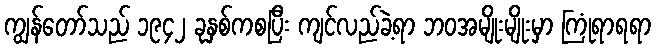
ကျွန်တော်သည် ၁၉၄၂ ခုနှစ်ကစပြီး ကျင်လည်ခဲ့ရာ ဘဝအမျိုးမျိုးမှာ ကြုံရာရရာ